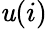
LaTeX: \mathit{u}(i)